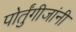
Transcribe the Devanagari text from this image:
पोर्तुंगीजांनी